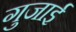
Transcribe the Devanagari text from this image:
गुजाई